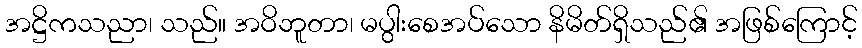
အဋ္ဌိကသညာ၊ သည်။ အဝိဘူတာ၊ မပွါးစေအပ်သော နိမိတ်ရှိသည်၏ အဖြစ်ကြောင့်